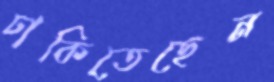
ঢাকিতেছেন